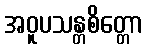
အဝူပသန္တစိတ္တော